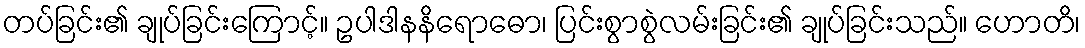
တပ်ခြင်း၏ ချုပ်ခြင်းကြောင့်။ ဥပါဒါနနိရောဓော၊ ပြင်းစွာစွဲလမ်းခြင်း၏ ချုပ်ခြင်းသည်။ ဟောတိ၊